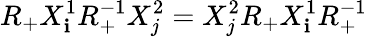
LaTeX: R_{+}X_{\mathbf{i}}^{1}R_{+}^{-1}X_{j}^{2}=X_{j}^{2}R_{+}X_{\mathbf{i}}^{1}R_{+}^{-1}